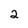
Character: 2